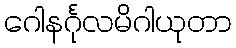
ဂေါနင်္ဂုလမိဂါယုတာ